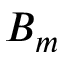
B _ { m }